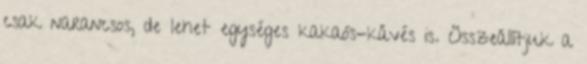
csak narancsos, de lehet egységes kakaós-kávés is. Összeállítjuk a